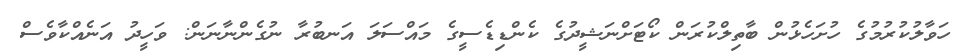
ހަވާލުކުރުމުގެ ހުށަހެޅުން ބާތިލްކުރަން ކޯޓަށްނަޝީދުގެ ކެންޑިޑެސީގެ މައްސަލަ އަނބުރާ ނުގެންނާނަން: ވަހީދު އަނެއްކާވެސް